Civil Veterinary Department Bihar reports 1936-40 - 1936-1940
Year: 1936
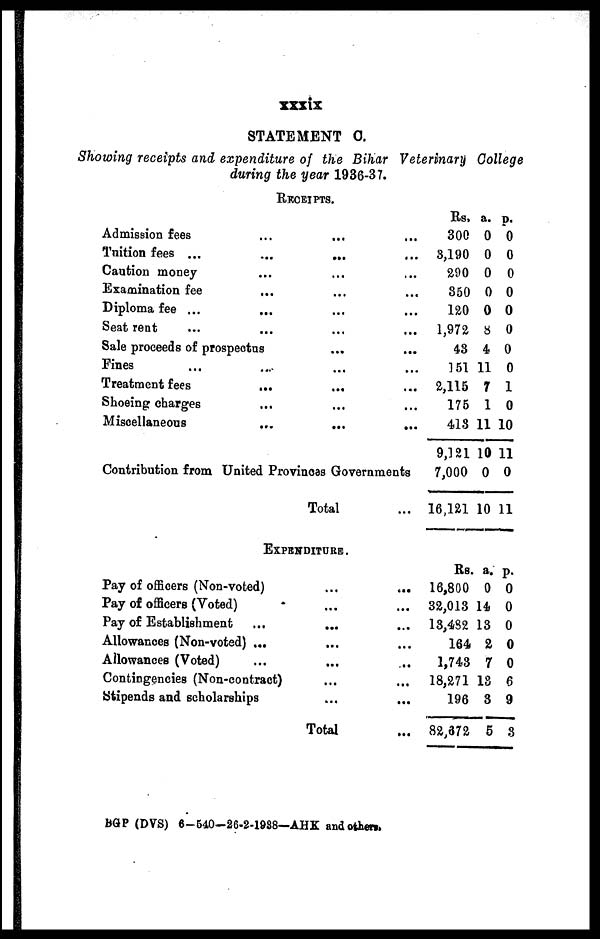
xxxix
STATEMENT C.
Showing receipts and expenditure of the Bihar Veterinary College
during the year 1936-37.
RECEIPTS.
Admission fees
Tuition fees ...
Caution money
Examination fee
Diploma fee ...
Seat rent …
…
…
…
…
…
…
Sale proceeds of prospectus
Fines …
Treatment fees
Shoeing charges
Miscellaneous
…
…
...
...
...
…
...
...
...
...
...
...
...
...
...
...
...
...
...
...
...
...
...
...
...
…
Contribution from United Provinces Governments
Total
...
Rs.
300
3,190
290
350
120
1,972
43
151
2,115
175
413
9,121
7,000
16,121
a.
0
0
0
0
0 0
8
4
11
7
1
11
10
0
10
p.
0
0
0
0
0
0
0
1
0
10
11
0
11
EXPENDITURE.
Pay of officers (Non-voted)
Pay of officers (Voted)
Pay of Establishment …
Allowances (Non-voted) ...
Allowances (Voted) …
Contingencies (Non-contract)
Stipends and scholarships
...
...
...
...
...
...
...
Total
…
...
…
...
...
...
...
...
Rs.
16,800
32,013
13,482
164
1,743
18,271
196
82,672
a.
0
14
13
2
7
18
3
5
p.
0
0
0
0
0
6
9
3
BGP (DVS) 6-540-26-2-1988—AHK and others.